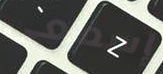
إسمعى